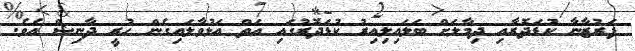
ފަރުޒާނާ ކުޑަދޮރާއި ދިމާލަށް ބަލައިލިއިރު ކުޑަދޮރުގައި އަތް އަޅުވާލައިގެން ހުރީ ދާނިޝް އެވެ.